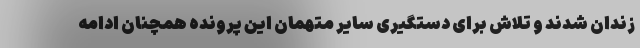
زندان شدند و تلاش برای دستگیری سایر متهمان این پرونده همچنان ادامه